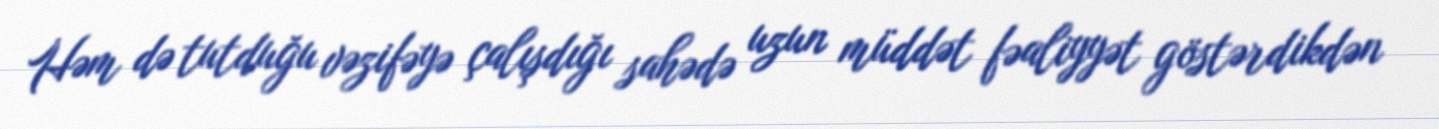
Həm də tutduğu vəzifəyə çalışdığı sahədə uzun müddət fəaliyyət göstərdikdən